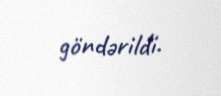
göndərildi.